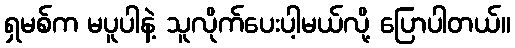
ရှမစ်က မပူပါနဲ့ သူလိုက်ပေးပါ့မယ်လို့ ပြောပါတယ်။